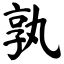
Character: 孰